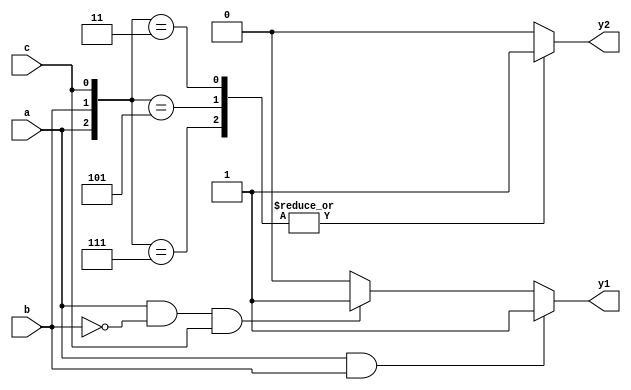
module combinational_logic (
    input wire a,          // First input signal
    input wire b,          // Second input signal
    input wire c,          // Third input signal
    output reg y1,         // First output signal
    output reg y2          // Second output signal
);

    // Combinational logic using an always block
    always @(*) begin
        // Default values for outputs
        y1 = 0;
        y2 = 0;

        // Conditional logic to determine the output values
        if (a && b) begin
            y1 = 1; // Set y1 if both a and b are high
        end else if (a && !b && c) begin
            y1 = 1; // Set y1 if a is high, b is low, and c is high
        end else begin
            y1 = 0; // Default case for y1
        end

        // Another output logic based on different conditions
        case ({a, b, c}) // Using case statement for output y2
            3'b111: y2 = 1; // a, b, c all high
            3'b101: y2 = 1; // a and c high, b low
            3'b011: y2 = 1; // b and c high, a low
            default: y2 = 0; // All other combinations
        endcase
    end

endmodule